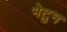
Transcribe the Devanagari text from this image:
भेटुन